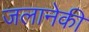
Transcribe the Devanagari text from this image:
जलानेकी